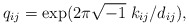
\begin{align*}q_{i j} = \exp ( 2 \pi\sqrt{-1}\; k_{i j} /d_{i j} ),\end{align*}